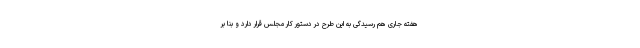
هفته جاری هم رسیدگی به این طرح در دستور کار مجلس قرار دارد و بنا بر